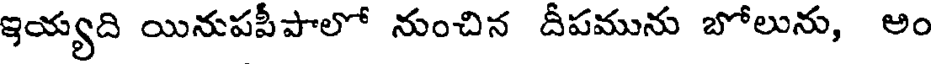
ఇయ్యది యినుపపీపాలో నుంచిన దీపమును బోలును, అం